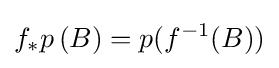
f_{*}p\,(B)=p(f^{-1}(B))